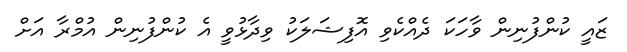
ޒައީ ކުންފުނިން ވާހަކަ ދެއްކެވި އޮފިޝަލަކު ވިދާޅުވީ އެ ކުންފުނިން އުމްރާ އަށް